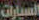
السيارات